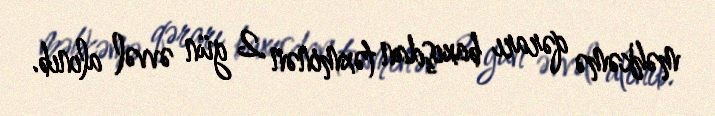
məhkəmə qərarı baxışdan təxminən 2 gün əvvəl alınıb.